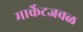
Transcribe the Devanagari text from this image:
मार्केटजवळ